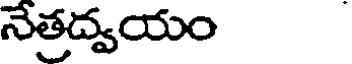
నేత్రద్వయం